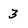
Character: 3